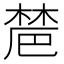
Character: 𣗡